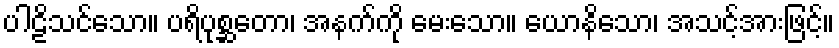
ပါဠိသင်သော။ ပရိပုစ္ဆတော၊ အနက်ကို မေးသော။ ယောနိသော၊ အသင့်အားဖြင့်။